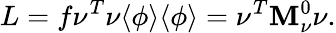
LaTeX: L=f\nu^{T}\nu\langle\phi\rangle\langle\phi\rangle=\nu^{T}\mathbf{M}_{\nu}^{0}\nu.